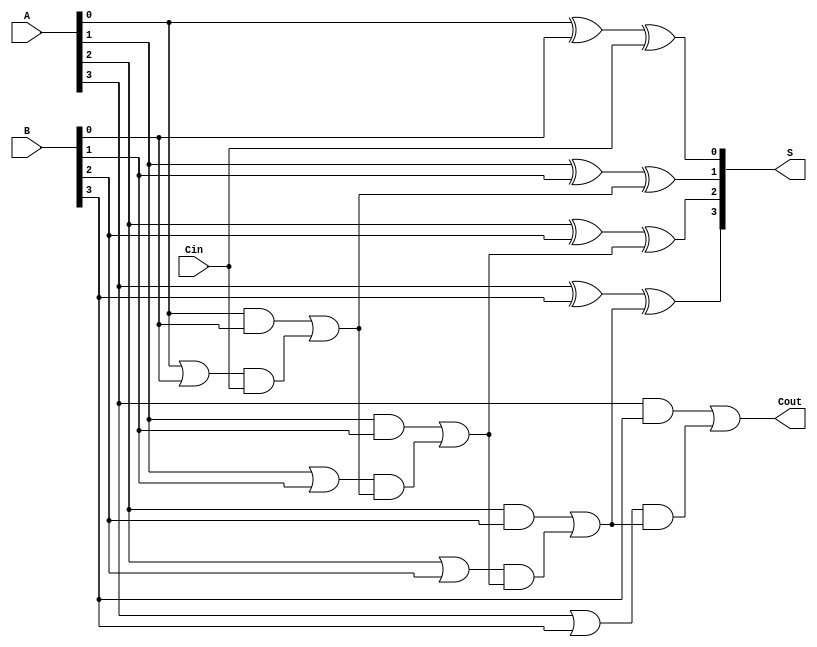
module carry_lookahead_adder #(parameter N = 4) (
    input  [N-1:0] A,     // First n-bit input
    input  [N-1:0] B,     // Second n-bit input
    input        Cin,      // Carry-in
    output [N-1:0] S,      // n-bit sum output
    output       Cout      // Carry-out
);
    // Generate and Propagate signals
    wire [N-1:0] G;       // Generate signal
    wire [N-1:0] P;       // Propagate signal
    wire [N:0] C;         // Carry signals

    // Generate and Propagate logic
    genvar i;
    generate
        for (i = 0; i < N; i = i + 1) begin : gen_prop_logic
            assign G[i] = A[i] & B[i];    // G[i] = A[i] AND B[i]
            assign P[i] = A[i] | B[i];    // P[i] = A[i] OR B[i]
        end
    endgenerate

    // Carry logic calculation using the generate and propagate
    assign C[0] = Cin; // C0 = Cin
    generate
        for (i = 0; i < N; i = i + 1) begin : carry_logic
            if (i == 0) begin
                assign C[i + 1] = G[i] | (P[i] & C[i]); // C[i+1] = G[i] OR (P[i] AND C[i])
            end else begin
                assign C[i + 1] = G[i] | (P[i] & C[i]); // C[i+1] = G[i] OR (P[i] AND C[i])
            end
        end
    endgenerate

    // Sum calculation
    generate
        for (i = 0; i < N; i = i + 1) begin : sum_logic
            assign S[i] = A[i] ^ B[i] ^ C[i]; // S[i] = A[i] XOR B[i] XOR C[i]
        end
    endgenerate

    // Carry out is the last carry
    assign Cout = C[N];

endmodule